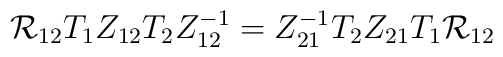
{\cal R}_{12}T_{1}Z_{12}T_{2}Z_{12}   ^{-1}   =   Z_{21}   ^{-1}T_{2}Z_{21}T_{1}{\cal R}_{12}